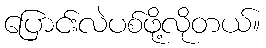
ပြောင်းလဲပစ်ဖို့လိုတယ်။